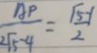
\frac { A P } { 2 \sqrt { 5 } - 4 } = \frac { \sqrt { 5 } - 1 } { 2 }